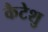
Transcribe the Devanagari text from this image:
कैटेशु